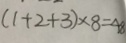
( 1 + 2 + 3 ) \times 8 = 4 8